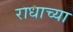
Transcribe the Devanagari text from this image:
राधाच्या